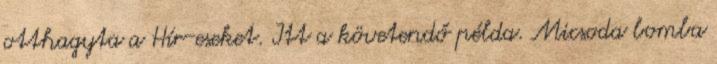
otthagyta a Hír-eseket. Itt a követendő példa. Micsoda bomba